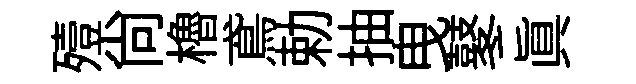
殪尙櫓鳶勅抽曳鼕眞